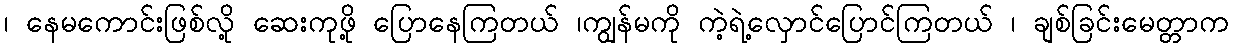
၊ နေမကောင်းဖြစ်လို့ ဆေးကုဖို့ ပြောနေကြတယ် ၊ကျွန်မကို ကဲ့ရဲ့လှောင်ပြောင်ကြတယ် ၊ ချစ်ခြင်းမေတ္တာက